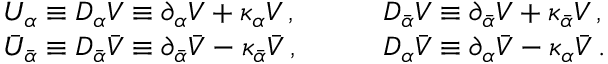
\begin{array} { l l } { { U _ { \alpha } \equiv { \cal D } _ { \alpha } V \equiv \partial _ { \alpha } V + \kappa _ { \alpha } V \, , \qquad } } & { { { \cal D } _ { \bar { \alpha } } V \equiv \partial _ { \bar { \alpha } } V + \kappa _ { \bar { \alpha } } V \, , } } \\ { { \bar { U } _ { \bar { \alpha } } \equiv { \cal D } _ { \bar { \alpha } } \bar { V } \equiv \partial _ { \bar { \alpha } } \bar { V } - \kappa _ { \bar { \alpha } } \bar { V } \, , \qquad } } & { { { \cal D } _ { \alpha } \bar { V } \equiv \partial _ { \alpha } \bar { V } - \kappa _ { \alpha } \bar { V } \, . } } \end{array}